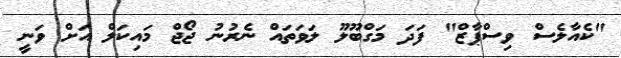
"ކެއާލެސް ވިސްޕާޒް" ފަދަ މަގްބޫލޫ ލަވަތައް ނެރުނު ޖޯޖް މައިކަލް އަށް ވަނީ